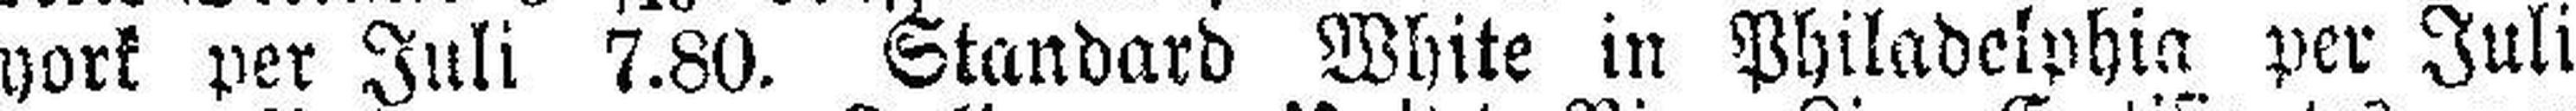
york per Juli 7.80. Standard White in Philadelphia per Juli